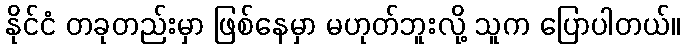
နိုင်ငံ တခုတည်းမှာ ဖြစ်နေမှာ မဟုတ်ဘူးလို့ သူက ပြောပါတယ်။